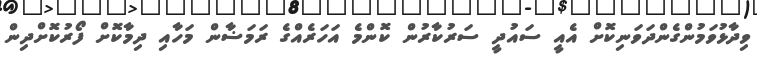
ވިދާޅުވަމުންގެންދަވަނިކޮށް އެއީ ސައުދީ ސަރުކާރުން ކޮންމެ އަހަރެއްގެ ރަމަޟާން މަހާއި ދިމާކޮށް ފޯރުކޮށްދިން